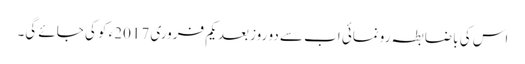
اس کی باضابطہ رونمائی اب سے دو روز بعد یکم فروری 2017ء کو کی جائے گی۔